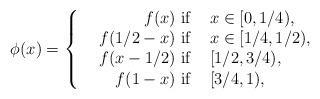
LaTeX: \begin{align*}\phi(x)=\left\{\begin{array}{lrl}&f(x) \hbox{ if }& x\in [0,1/4),\\&f(1/2-x)\hbox{ if }&x\in [1/4,1/2),\\&f(x-1/2)\hbox{ if }& [1/2,3/4),\\&f(1-x)\hbox{ if }& [3/4,1),\end{array}\right.\end{align*}